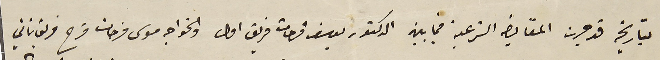
بتاريخه قد جرت المقايضه الشرعية فيما بين الدكتور يوسف فرحات فريق اول والخواجه موسى فرحات فرح فريق ثاني